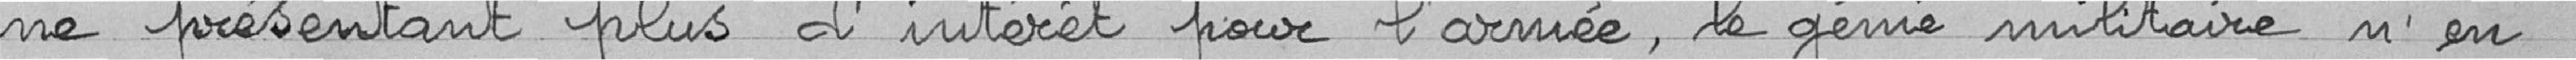
ne présentant plus d'intérêt pour l'armée, le génie militaire n'en